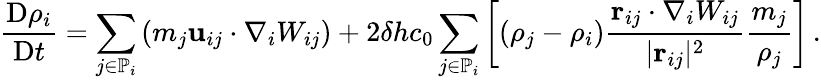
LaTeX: \frac{\mathrm{D}\rho_{i}}{\mathrm{D}t}=\sum_{j\in\mathbb{P}_{i}}\left(m_{j}\mathbf{u}_{ij}\cdot\nabla_{i}W_{ij}\right)+2\delta hc_{0}\sum_{j\in\mathbb{P}_{i}}\left[\left(\rho_{j}-\rho_{i}\right)\frac{\mathbf{r}_{ij}\cdot\nabla_{i}W_{ij}}{\vert\mathbf{r}_{ij}\vert^{2}}\frac{m_{j}}{\rho_{j}}\right]\, .